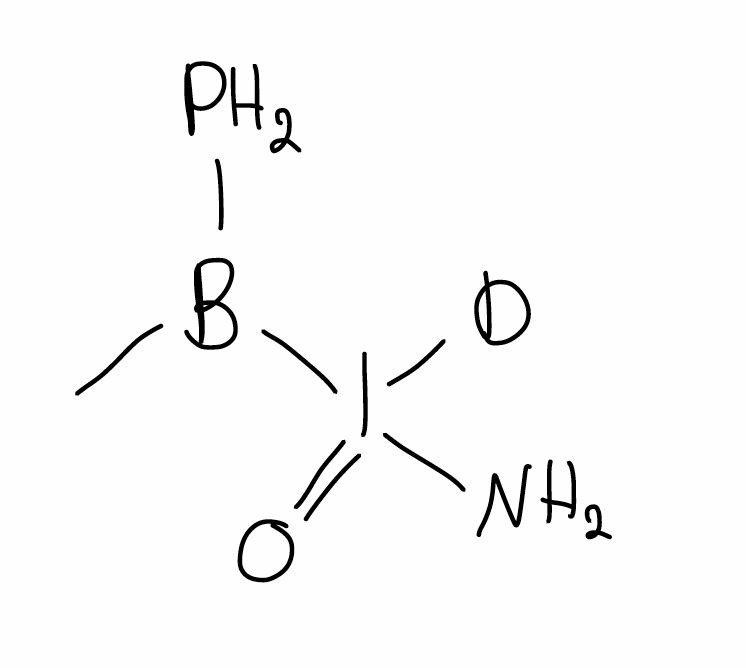
Simplified molecular-input line-entry system (SMILES) notation of the given molecule:
[2H]I(=O)(B(C)P)N